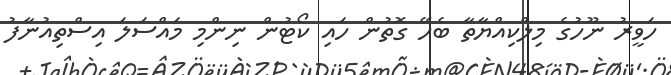
ހަވީރު ނޫހުގެ މިލްކިއްޔާތާ ބެހޭ ގޮތުން ހައި ކޯޓުން ނިންމި މައްސަލަ އިސްތިއުނާފު